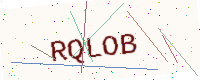
Text: RQLOB